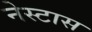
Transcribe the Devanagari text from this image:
नेस्टास